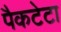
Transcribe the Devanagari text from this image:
पैकटेटा